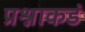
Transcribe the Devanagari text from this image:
प्रश्नाकडं